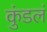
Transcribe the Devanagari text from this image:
कुंडलं